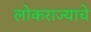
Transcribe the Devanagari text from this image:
लोकराज्याचे